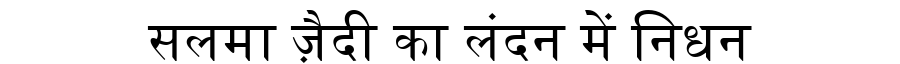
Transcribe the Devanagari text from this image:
सलमा ज़ैदी का लंदन में निधन